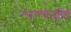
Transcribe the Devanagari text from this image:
रंगमंचभाषा